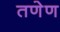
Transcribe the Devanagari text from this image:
तणेण